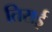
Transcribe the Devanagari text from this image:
तिराई